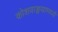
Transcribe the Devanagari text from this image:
कोशवाङ्मयामध्ये